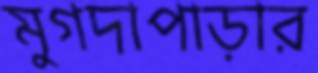
মুগদাপাড়ার